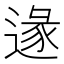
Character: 𨔵